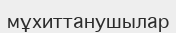
мұхиттанушылар